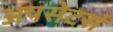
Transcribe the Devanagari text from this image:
अपसेटर्स